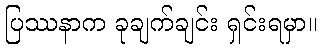
ပြဿနာက ခုချက်ချင်း ရှင်းရမှာ။